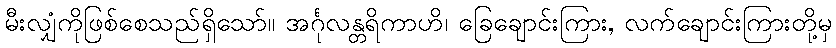
မီးလျှံကိုဖြစ်စေသည်ရှိသော်။ အင်္ဂုလန္တရိကာဟိ၊ ခြေချောင်းကြား, လက်ချောင်းကြားတို့မှ